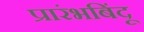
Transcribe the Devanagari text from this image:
प्रारंभबिंदू